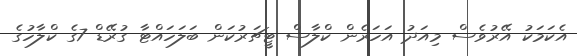
އެކަމަކު އޭރުވެސް މިއަދު އަހަރެން ކްލާސް ޓީޗަރުކަން ބަލަހައްޓާ ގުރޭޑް 7ގެ ކްލާހުގެ